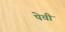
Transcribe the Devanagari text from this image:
पेची